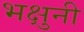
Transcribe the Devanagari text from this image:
भक्षुनी